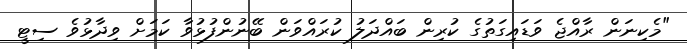
"މެކިނަން ރާއްޖެ ވަޑައިގަތުގެ ކުރިން ބައްދަލު ކުރައްވަން ބޭނުންފުޅުވާ ކަމަށް ވިދާޅުވެ ސިޓީ